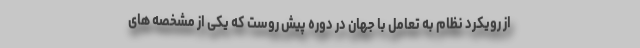
از رویکرد نظام به تعامل با جهان در دوره پیش روست که یکی از مشخصه های